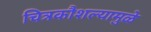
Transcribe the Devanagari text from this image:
चित्रकौशल्यामुळे